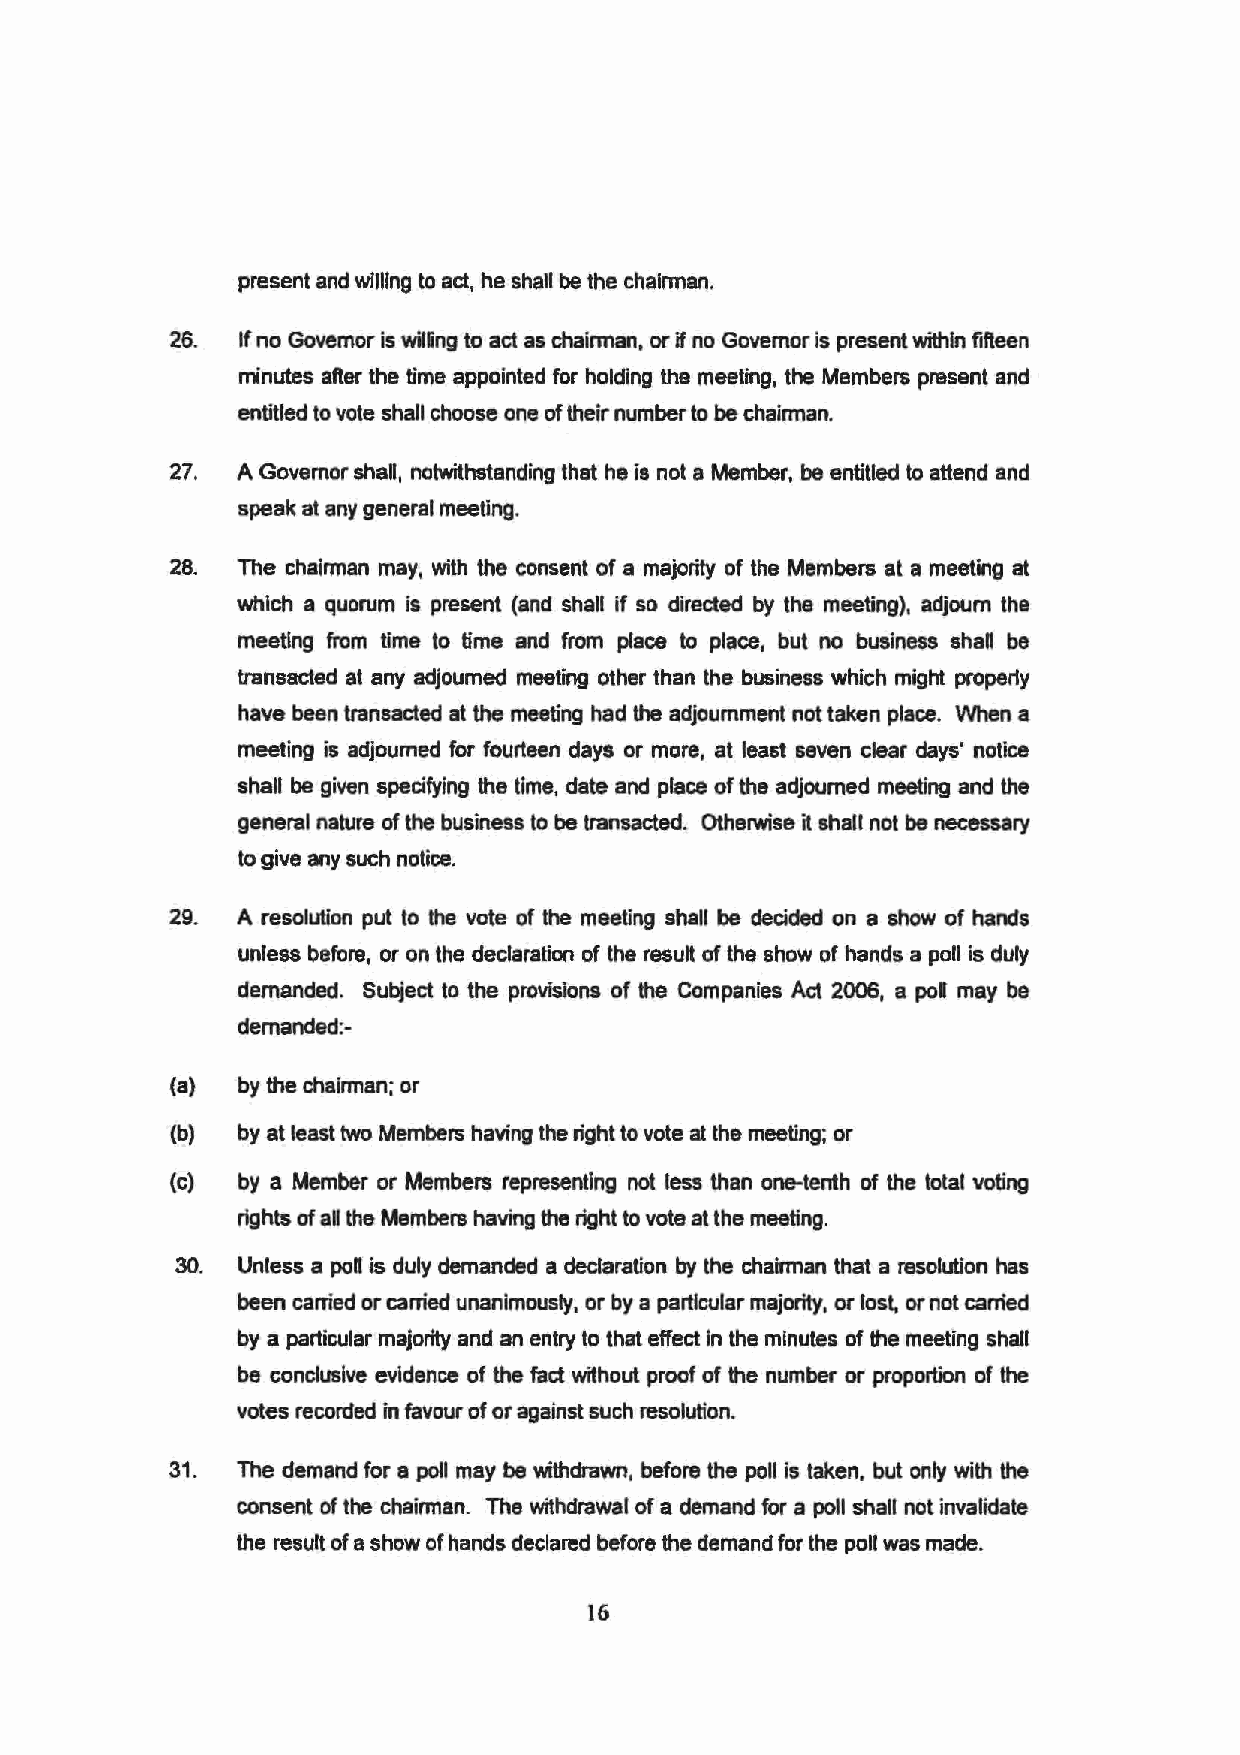
present and willing to act, he shall be the chainnan.
 26. If no Governor is wiling to act as chainnan, or if no Governor is present within fifteen
 minutes after the time appointed for holding the meeting, the Members present and
 entitled to vote shall choose one of their number to be chairman.
 27. A Governor shall, notwithstanding that he is not a Member, be entitled to attend and
 speak at any general meeting.
 28. The chairman may, with the consent of a majority of the Members at a meeting at
 which a quorum is present (and shall if so directed by the meeting), adjourn the
 meeting from time to time and from place to place, but no business shan be
 transacted at any adjourned meeting other than the business which might proper1y
 have been transacted at the meeting had the adjournment not taken place. When a
 meeting is adjourned for fourteen days or more, at least seven clear days' notice
 shall be given specifying the time, date and place of the adjourned meeting and the
 general nature of the business to be transacted. Otherwise it shall not be necessary
 to give any such notice.
 29. A resolution put to the vote of the meeting shall be decided on a show of hands
 unless before, or on the declaration of the result of the show of hands a poll is duly
 demanded. Subject to the provisions of the Companies Act 2006, a pol may be
 demanded:-
 (a) by the chairman; or
 (b) by at least two Members having the right to vote at the meeting; or
 (c) by a Member or Members representing not less than one-tenth of the total voting
 rights of al the Members having the right to vote at the meeting.
 30. Unless a poll is duly demanded a declaration by the chairman that a resolution has
 been carried or carried unanimously, or by a particular majority, or lost, or not carried
 by a particular majority and an entry to that effect in the minutes of the meeting shall
 be conclusive evidence of the fact without proof of the number or proportion of the
 votes recorded in favour of or against such resolution.
 31. The demand for a poll may be withdrawn, before the poll is taken, but only with the
 consent of the chairman. The withdrawal of a demand for a poll shall not invalidate
 the result of a show of hands declared before the demand for the poll was made.
 16